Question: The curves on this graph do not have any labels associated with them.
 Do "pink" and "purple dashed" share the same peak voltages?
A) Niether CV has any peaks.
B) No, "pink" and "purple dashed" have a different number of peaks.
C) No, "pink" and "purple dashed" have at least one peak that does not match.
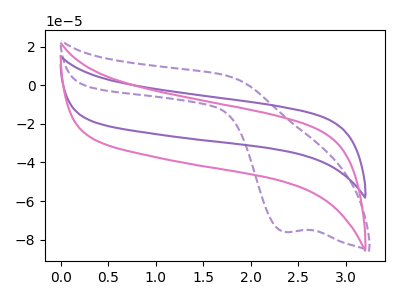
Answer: <think>The purple dashed curve "purple dashed" has a cathodic peak at: (2.35V, -76.00uA). The purple curve "purple" has no peaks. The pink curve "pink" has no peaks.</think>
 <answer>B) No, "pink" and "purple dashed" have a different number of peaks.</answer>
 <eval>B</eval>